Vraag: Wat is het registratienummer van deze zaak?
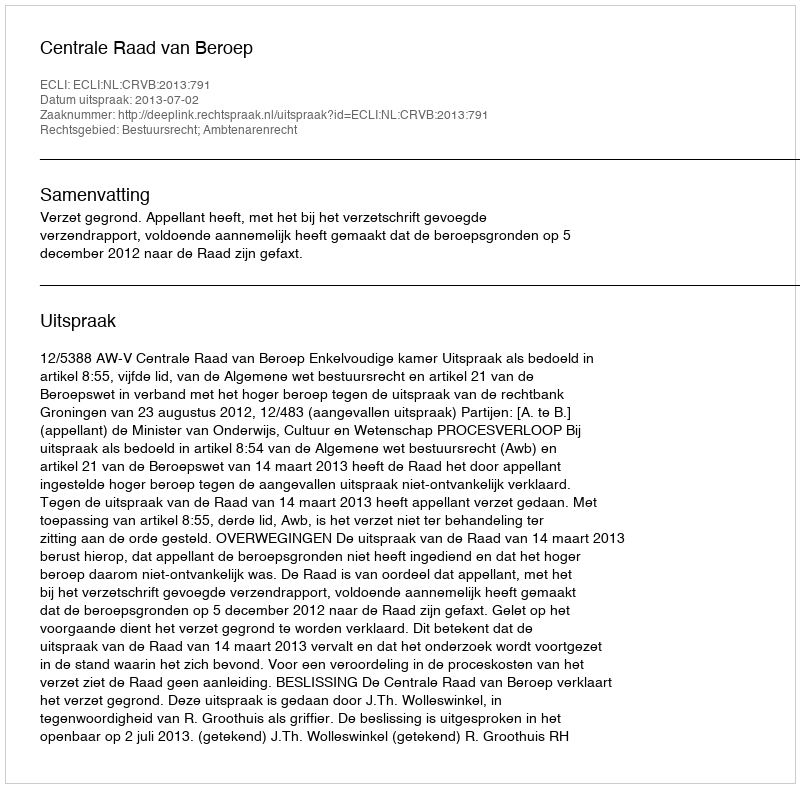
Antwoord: http://deeplink.rechtspraak.nl/uitspraak?id=ECLI:NL:CRVB:2013:791